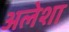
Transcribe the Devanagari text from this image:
अलेशा